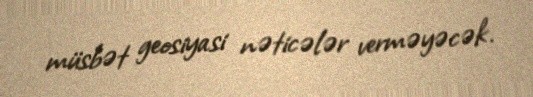
müsbət geosiyasi nəticələr verməyəcək.